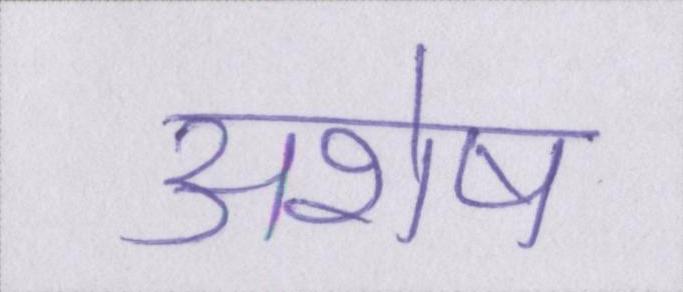
अशेष